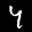
Label: 4